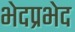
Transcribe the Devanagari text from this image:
भेदप्रभेद